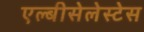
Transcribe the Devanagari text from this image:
एल्बीसेलेस्टेस